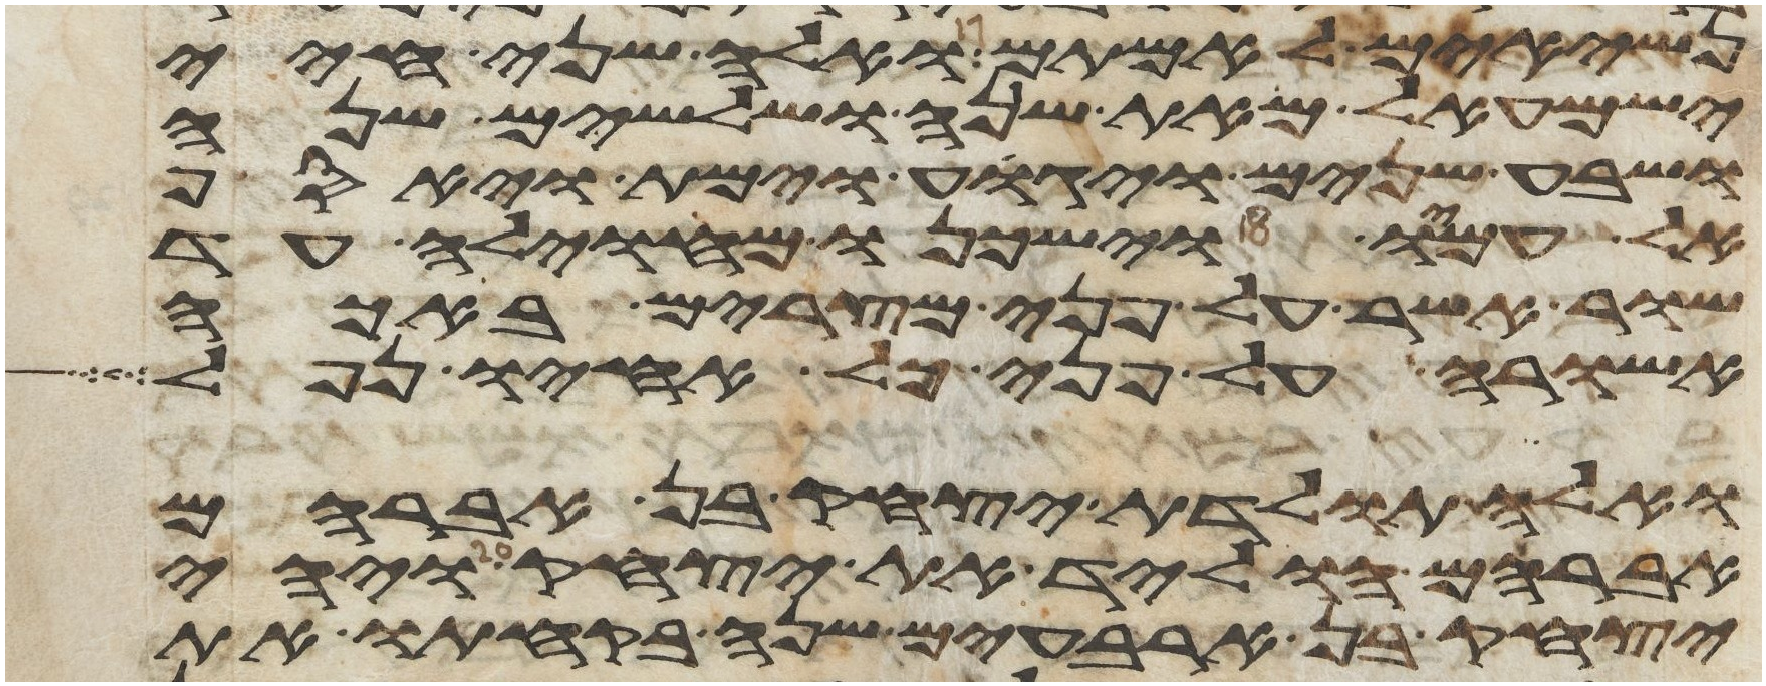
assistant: נשיאים לאמתם ואלה שני חיי
ישמעאל מאת שנה ושלשים שנה
ושבע שנים ויגוע וימת ויאסף
אל עמו וישכנו מחוילה עד
שור אשר על פני מצרים באכה
אשורה על פני כל אחיו נפל
ואלה תולדת יצחק בן אברהם
אברהם הוליד את יצחק ויהי
יצחק בן ארבעים שנה בקחתו את